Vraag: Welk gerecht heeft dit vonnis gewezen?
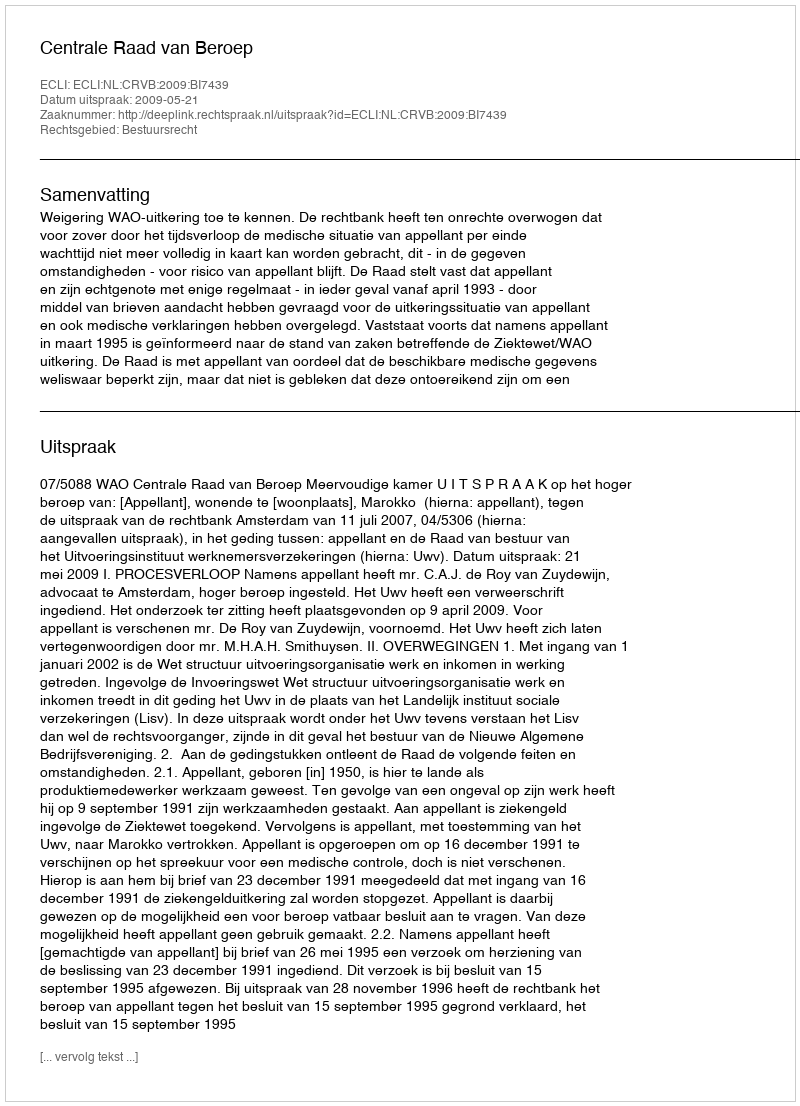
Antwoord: Centrale Raad van Beroep